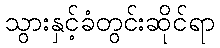
သွားနှင့်ခံတွင်းဆိုင်ရာ